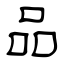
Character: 品